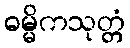
ဓမ္မိကသုတ္တံ